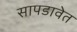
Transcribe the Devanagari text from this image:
सापडावेत